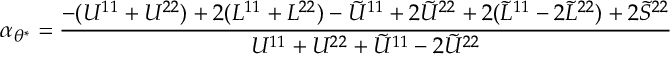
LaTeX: \alpha _ { \theta ^ { \ast } } = \frac { - ( U ^ { 1 1 } + U ^ { 2 2 } ) + 2 ( L ^ { 1 1 } + L ^ { 2 2 } ) - \tilde { U } ^ { 1 1 } + 2 \tilde { U } ^ { 2 2 } + 2 ( \tilde { L } ^ { 1 1 } - 2 \tilde { L } ^ { 2 2 } ) + 2 \tilde { S } ^ { 2 2 } } { U ^ { 1 1 } + U ^ { 2 2 } + \tilde { U } ^ { 1 1 } - 2 \tilde { U } ^ { 2 2 } }